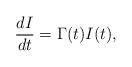
LaTeX: \begin{align*}\frac{dI}{dt}=\Gamma(t)I(t),\end{align*}